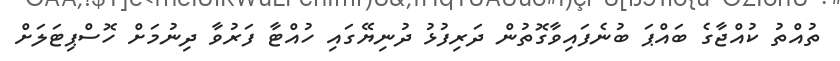
ތުއްތު ކުއްޖާގެ ބައްޕަ ބުނެފައިވާގޮތުން ދަރިފުޅު ދުނިޔޭގައި ހުއްޓާ ފަރުވާ ދިނުމަށް ހޮސްޕިޓަލަށް